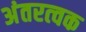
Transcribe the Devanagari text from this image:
अंतरत्‍वक